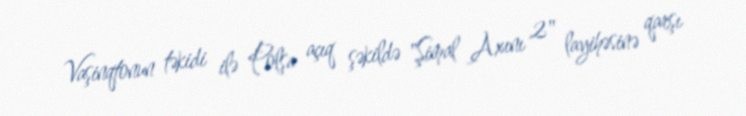
Vaşinqtonun təkidi ilə Polşa açıq şəkildə "Şimal Axını 2" layihəsinə qarşı